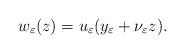
LaTeX: \begin{align*}w_\varepsilon(z)=u_\varepsilon(y_\varepsilon+\nu_\varepsilon z).\end{align*}